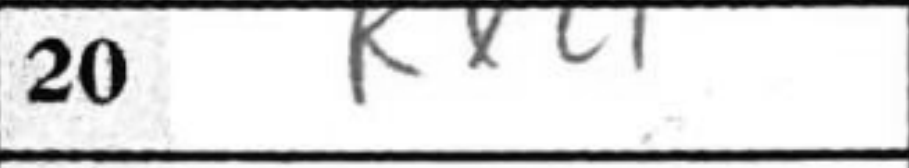
Transcription: Rxc1